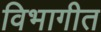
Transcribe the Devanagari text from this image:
विभागीत